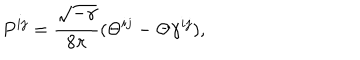
LaTeX: P ^ { i j } = \frac { \sqrt { - \gamma } } { 8 \pi } ( \Theta ^ { i j } - \Theta \gamma ^ { i j } ) ,